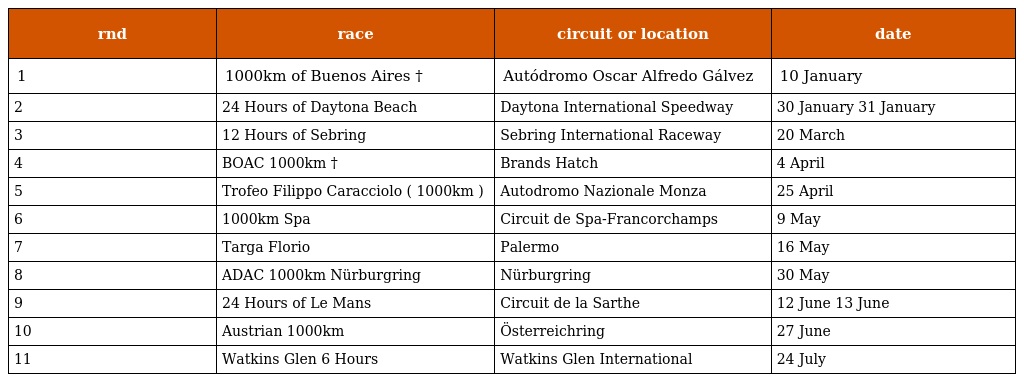
| rnd | race | circuit or location | date |
 | --- | --- | --- | --- |
 | 1 | 1000km of Buenos Aires † | Autódromo Oscar Alfredo Gálvez | 10 January |
 | 2 | 24 Hours of Daytona Beach | Daytona International Speedway | 30 January 31 January |
 | 3 | 12 Hours of Sebring | Sebring International Raceway | 20 March |
 | 4 | BOAC 1000km † | Brands Hatch | 4 April |
 | 5 | Trofeo Filippo Caracciolo ( 1000km ) | Autodromo Nazionale Monza | 25 April |
 | 6 | 1000km Spa | Circuit de Spa-Francorchamps | 9 May |
 | 7 | Targa Florio | Palermo | 16 May |
 | 8 | ADAC 1000km Nürburgring | Nürburgring | 30 May |
 | 9 | 24 Hours of Le Mans | Circuit de la Sarthe | 12 June 13 June |
 | 10 | Austrian 1000km | Österreichring | 27 June |
 | 11 | Watkins Glen 6 Hours | Watkins Glen International | 24 July |